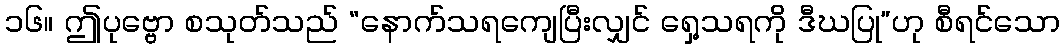
၁၆။ ဤပုဗ္ဗော စသုတ်သည် “နောက်သရကျေပြီးလျှင် ရှေ့သရကို ဒီဃပြု”ဟု စီရင်သော